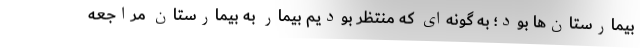
بیمارستان‌ها بود؛ به گونه‌ای که منتظر بودیم بیمار به بیمارستان مراجعه